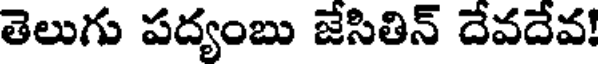
తెలుగు పద్యంబు జేసితిన్ దేవదేవ!